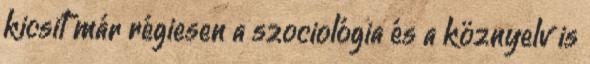
kicsit már régiesen a szociológia és a köznyelv is